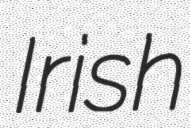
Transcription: Irish